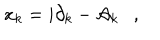
x _ { k } = i \partial _ { k } - { \cal A } _ { k } ,